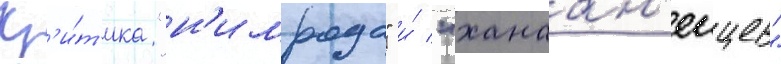
Кр'и́т'ика "н'имрода" и́ "ханаан'еицев"